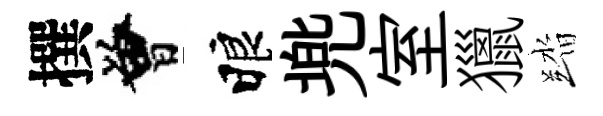
撰曾睱兠室獵踏